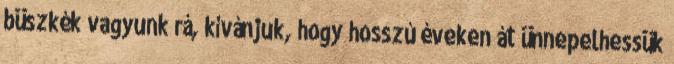
büszkék vagyunk rá, kívánjuk, hogy hosszú éveken át ünnepelhessük